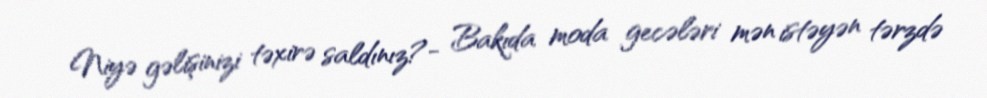
Niyə gəlişinizi təxirə saldınız?- Bakıda moda gecələri mən istəyən tərzdə